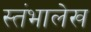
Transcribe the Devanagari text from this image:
स्‍तंभालेख